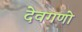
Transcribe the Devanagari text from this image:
देवगणो